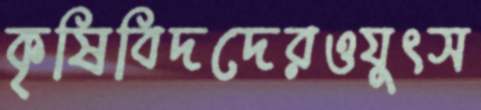
কৃষিবিদদেরওযুৎস